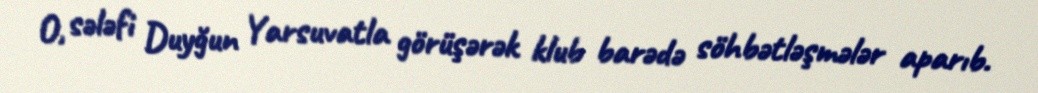
O, sələfi Duyğun Yarsuvatla görüşərək klub barədə söhbətləşmələr aparıb.